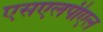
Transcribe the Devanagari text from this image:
एसएलपीएल